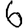
Digit: 6